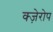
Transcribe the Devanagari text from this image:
क्ज़ेरोप